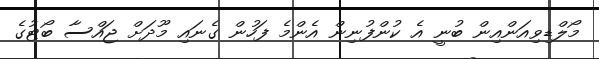
މޯލްޑިވިއަންއިން ބުނީ އެ ކުންފުނިން އެންމެ ފަހުން ގެނައި މޫދަށް ޖައްސާ ބޯޓުގެ